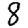
Digit: 8